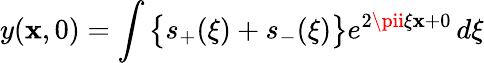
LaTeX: y(\mathbf{x},0)=\int{\bigl\{ }s_{+}(\xi)+s_{-}(\xi){\bigr\} }e^{2\pii\xi\mathbf{x}+0}\, d\xi